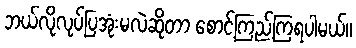
ဘယ်လိုလုပ်ပြအုံးမလဲဆိုတာ စောင့်ကြည့်ကြရပါမယ်။